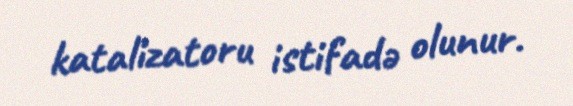
katalizatoru istifadə olunur.